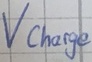
Text: Vcharge